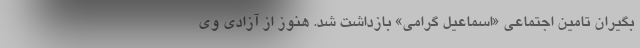
بگیران تامین اجتماعی «اسماعیل گرامی» بازداشت شد. هنوز از آزادی وی